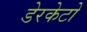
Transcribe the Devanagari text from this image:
डेरकेटो